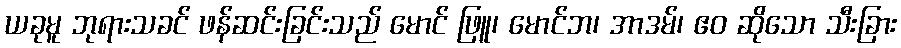
ယခုမူ ဘုရားသခင် ဖန်ဆင်းခြင်းသည် မောင် ဖြူ၊ မောင်ဘ၊ အာဒမ်၊ ဧဝ ဆိုသော သီးခြား